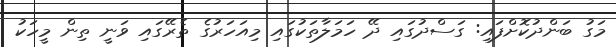
މަގު ބަންދުކޮށްފައި: ގަސްދުގައި ދޭ ހަމަލާތަކުގައި މިއަހަރުގެ ތެރޭގައި ވަނީ ތިން މީހަކު